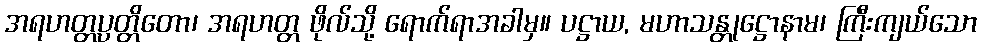
အရဟတ္တပ္ပတ္တိတော၊ အရဟတ္တ ဖိုလ်သို့ ရောက်ရာအခါမှ။ ပဋ္ဌာယ, မဟာသန္တုဋ္ဌောနာမ၊ ကြီးကျယ်သော